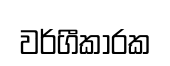
වර්ගීකාරක